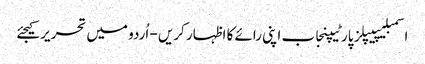
اسمبلیپیپلز پارٹیپنجاب اپنی رائے کا اظہار کریں - اُردو میں تحریر کیجئے